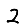
Digit: 2